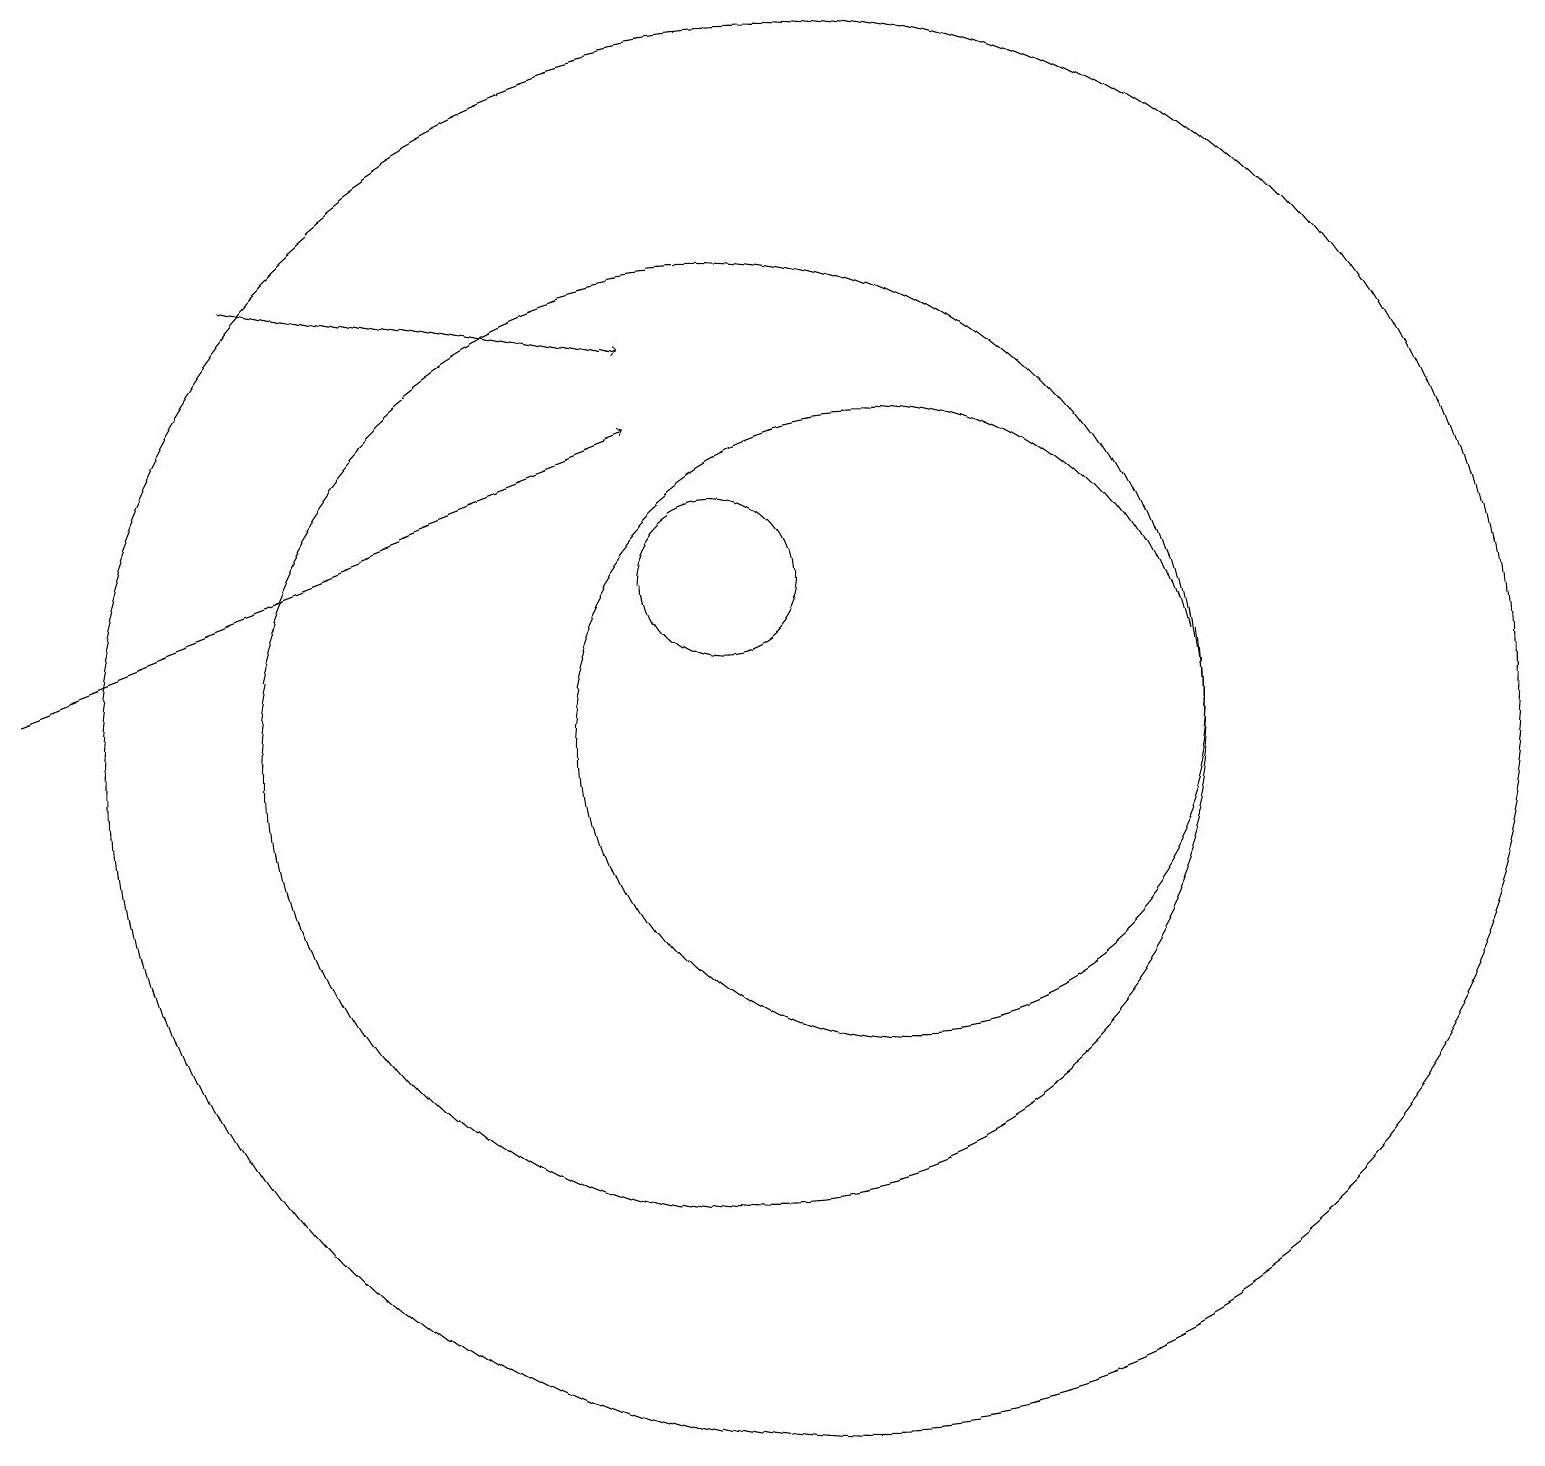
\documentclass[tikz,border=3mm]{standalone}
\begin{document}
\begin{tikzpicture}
\draw[->] (1,11) -- (9,14);
\draw (10,12) circle (1);
\draw (12,10) circle (4);
\draw (11,10) circle (9);
\draw[->] (4,16) -- (9,15);
\draw (10,10) circle (6);
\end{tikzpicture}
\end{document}